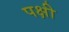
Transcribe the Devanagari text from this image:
पक्षी